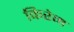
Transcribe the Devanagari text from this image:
किरेम